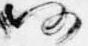
仍